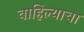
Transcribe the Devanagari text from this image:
वाहिल्याचा